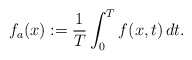
\begin{align*}f_a(x) := \dfrac{1}{T} \int_{0}^{T} f(x,t)\,dt.\end{align*}